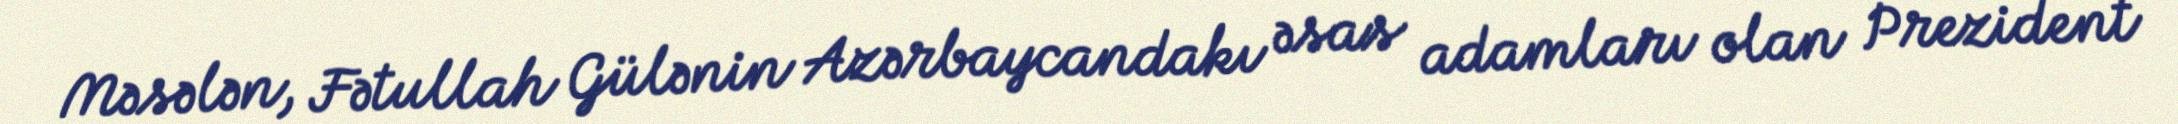
Məsələn, Fətullah Gülənin Azərbaycandakı əsas adamları olan Prezident